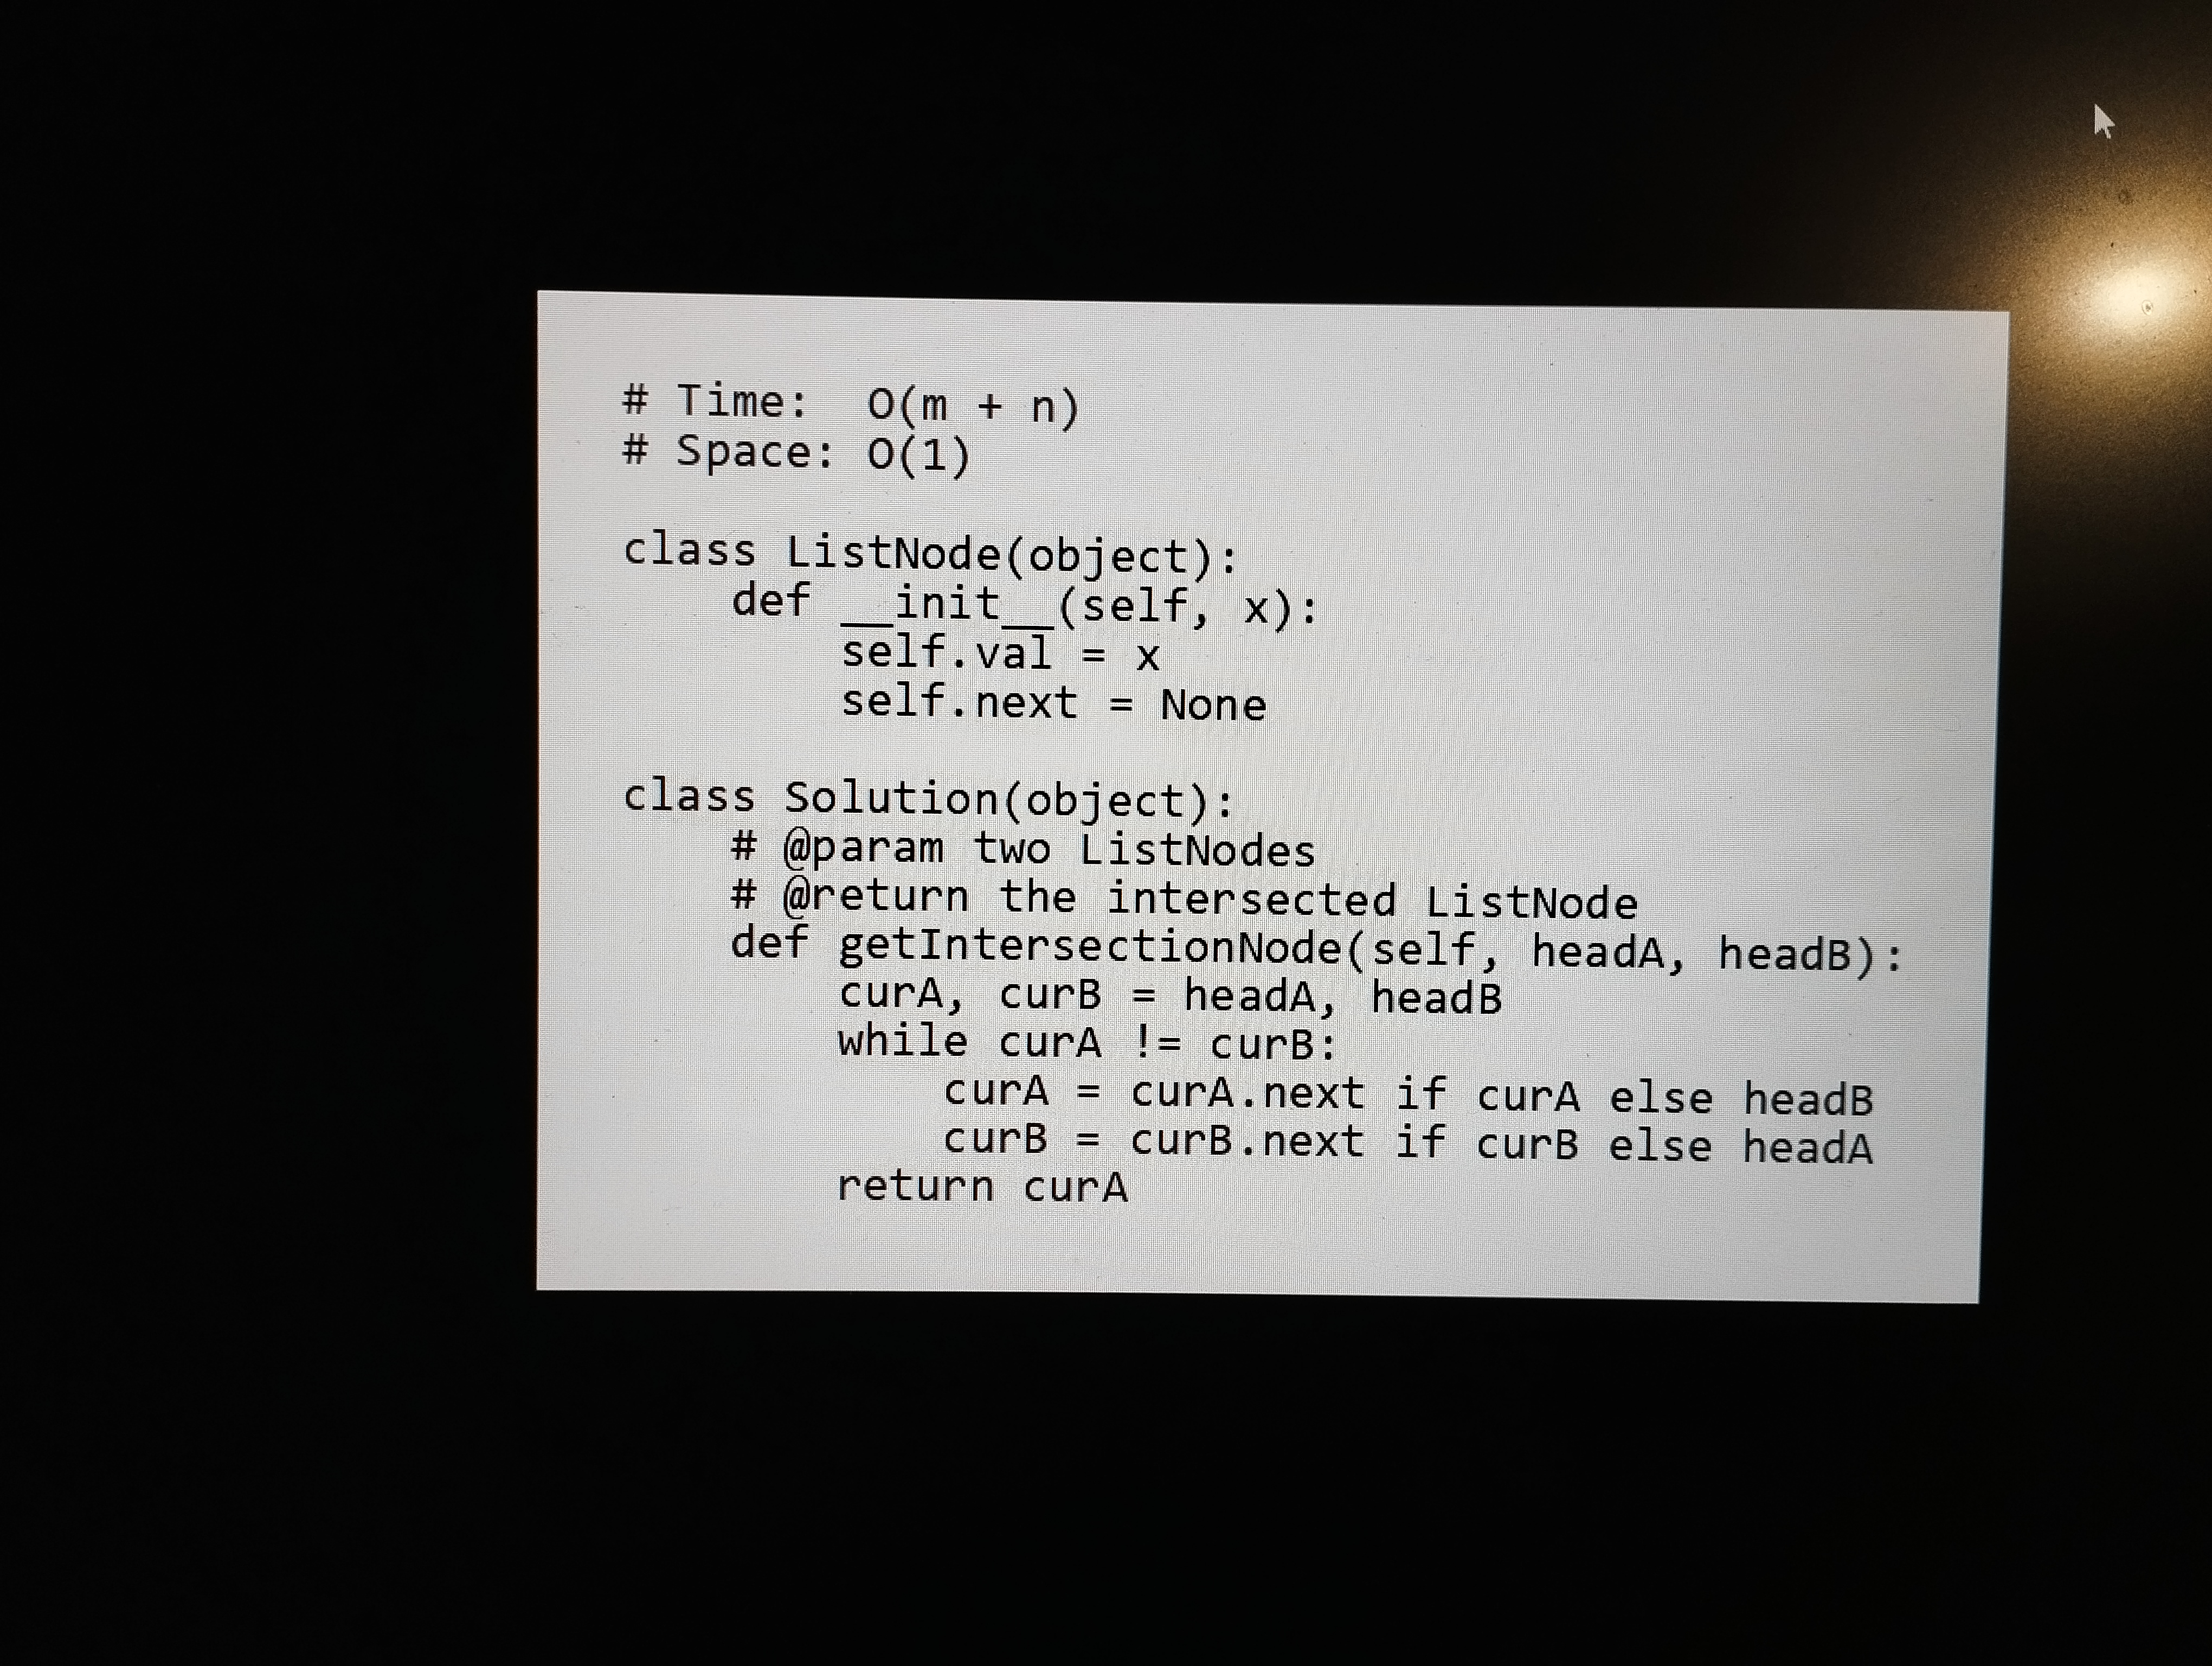
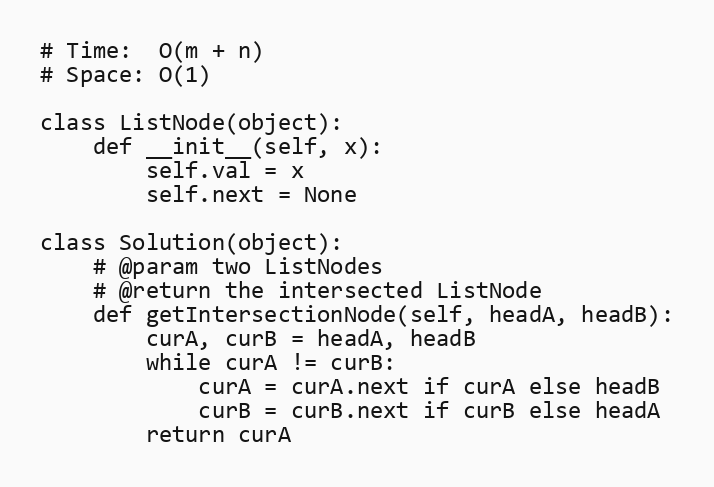
# Time:  O(m + n)
# Space: O(1)

class ListNode(object):
    def __init__(self, x):
        self.val = x
        self.next = None

class Solution(object):
    # @param two ListNodes
    # @return the intersected ListNode
    def getIntersectionNode(self, headA, headB):
        curA, curB = headA, headB
        while curA != curB:
            curA = curA.next if curA else headB
            curB = curB.next if curB else headA
        return curA